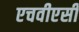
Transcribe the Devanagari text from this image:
एचवीएसी